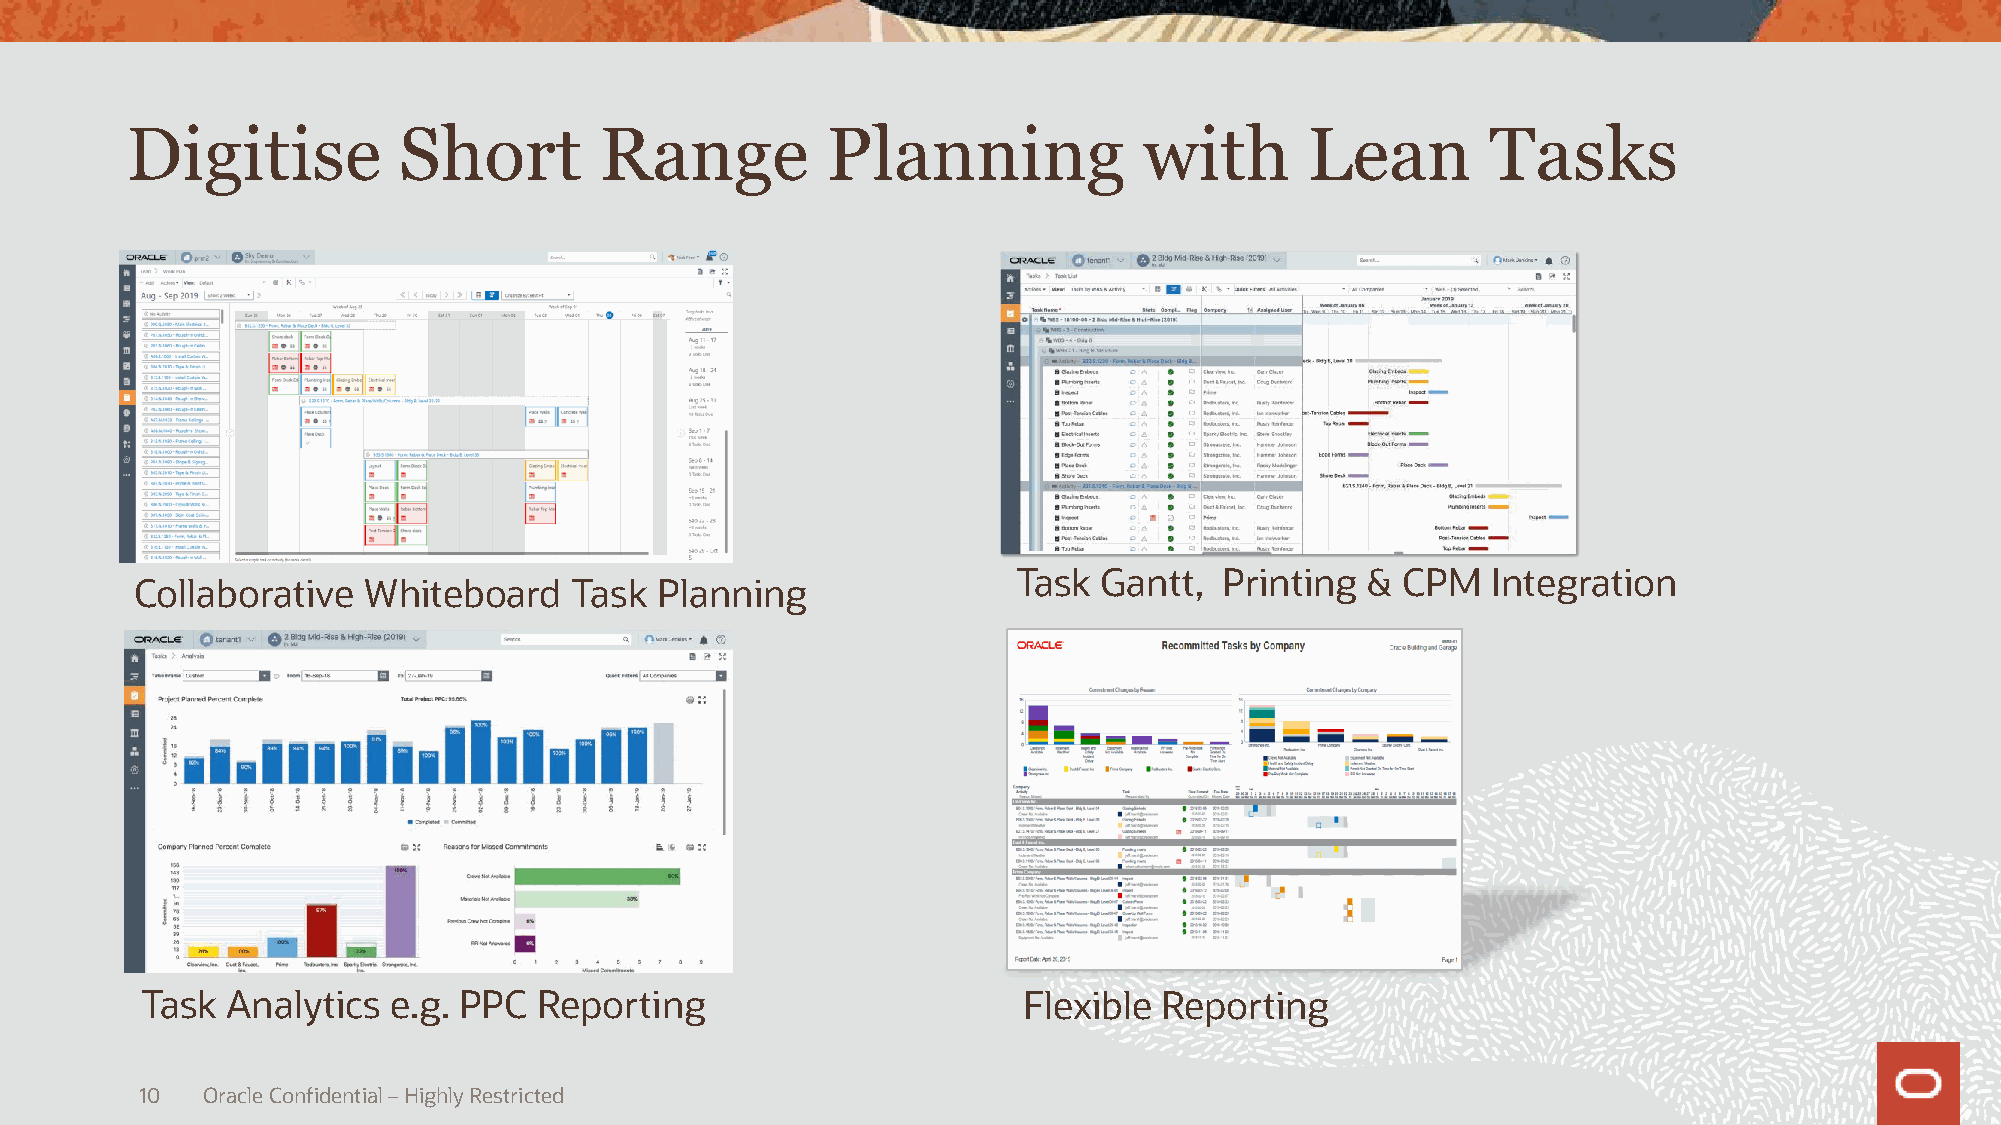
Digitise          Short         Range          Planning             with       Lean        Tasks
 Task  Gantt,  Printing &  CPM   Integration
 Collaborative  Whiteboard    Task Planning
 Task  Analytics  e.g. PPC  Reporting                       Flexible Reporting
 10  Oracle Confidential –Highly Restricted